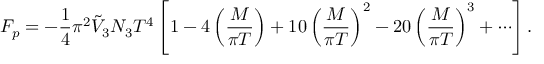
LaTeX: F _ { p } = - \frac { 1 } { 4 } \pi ^ { 2 } \tilde { V } _ { 3 } N _ { 3 } T ^ { 4 } \left[ 1 - 4 \left( \frac { M } { \pi T } \right) + 1 0 \left( \frac { M } { \pi T } \right) ^ { 2 } - 2 0 \left( \frac { M } { \pi T } \right) ^ { 3 } + \cdots \right] .